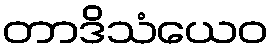
တာဒိသံယေဝ